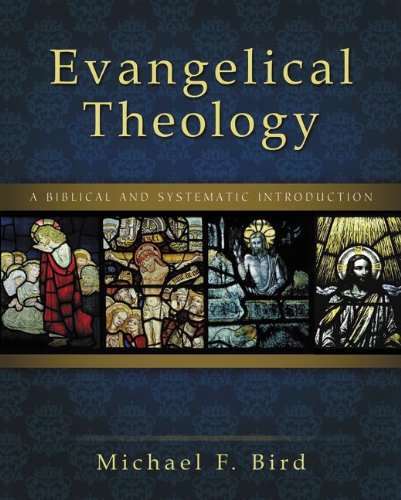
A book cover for Evangelical Theology: A Biblical and Systematic Introduction; Michael F. Bird; Christian Books & Bibles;